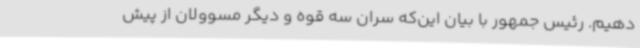
دهیم. رئیس جمهور با بیان این‌که سران سه قوه و دیگر مسوولان از پیش